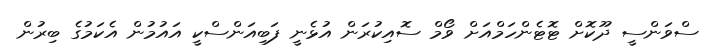
ސްވަންސީ ދޫކޮށް ޓޮޓެންހަމްއަށް ވޯމް ސޮއިކުރަން އުޅެނީ ފަބިއަންސްކީ އައުމުން އެކަމުގެ ބިރުން